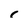
Character: 1